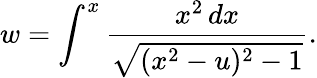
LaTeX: w=\int^{x}\frac{x^{2}\, dx}{\sqrt{(x^{2}-u)^{2}-1}}.